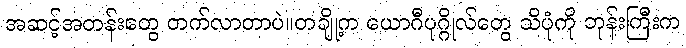
အဆင့်အတန်းတွေ တက်လာတာပဲ။တချို့က ယောဂီပုဂ္ဂိုလ်တွေ သိပုံကို ဘုန်းကြီးက